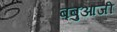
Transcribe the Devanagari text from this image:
बबुआजी